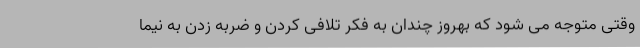
وقتی متوجه می شود که بهروز چندان به فکر تلافی کردن و ضربه زدن به نیما